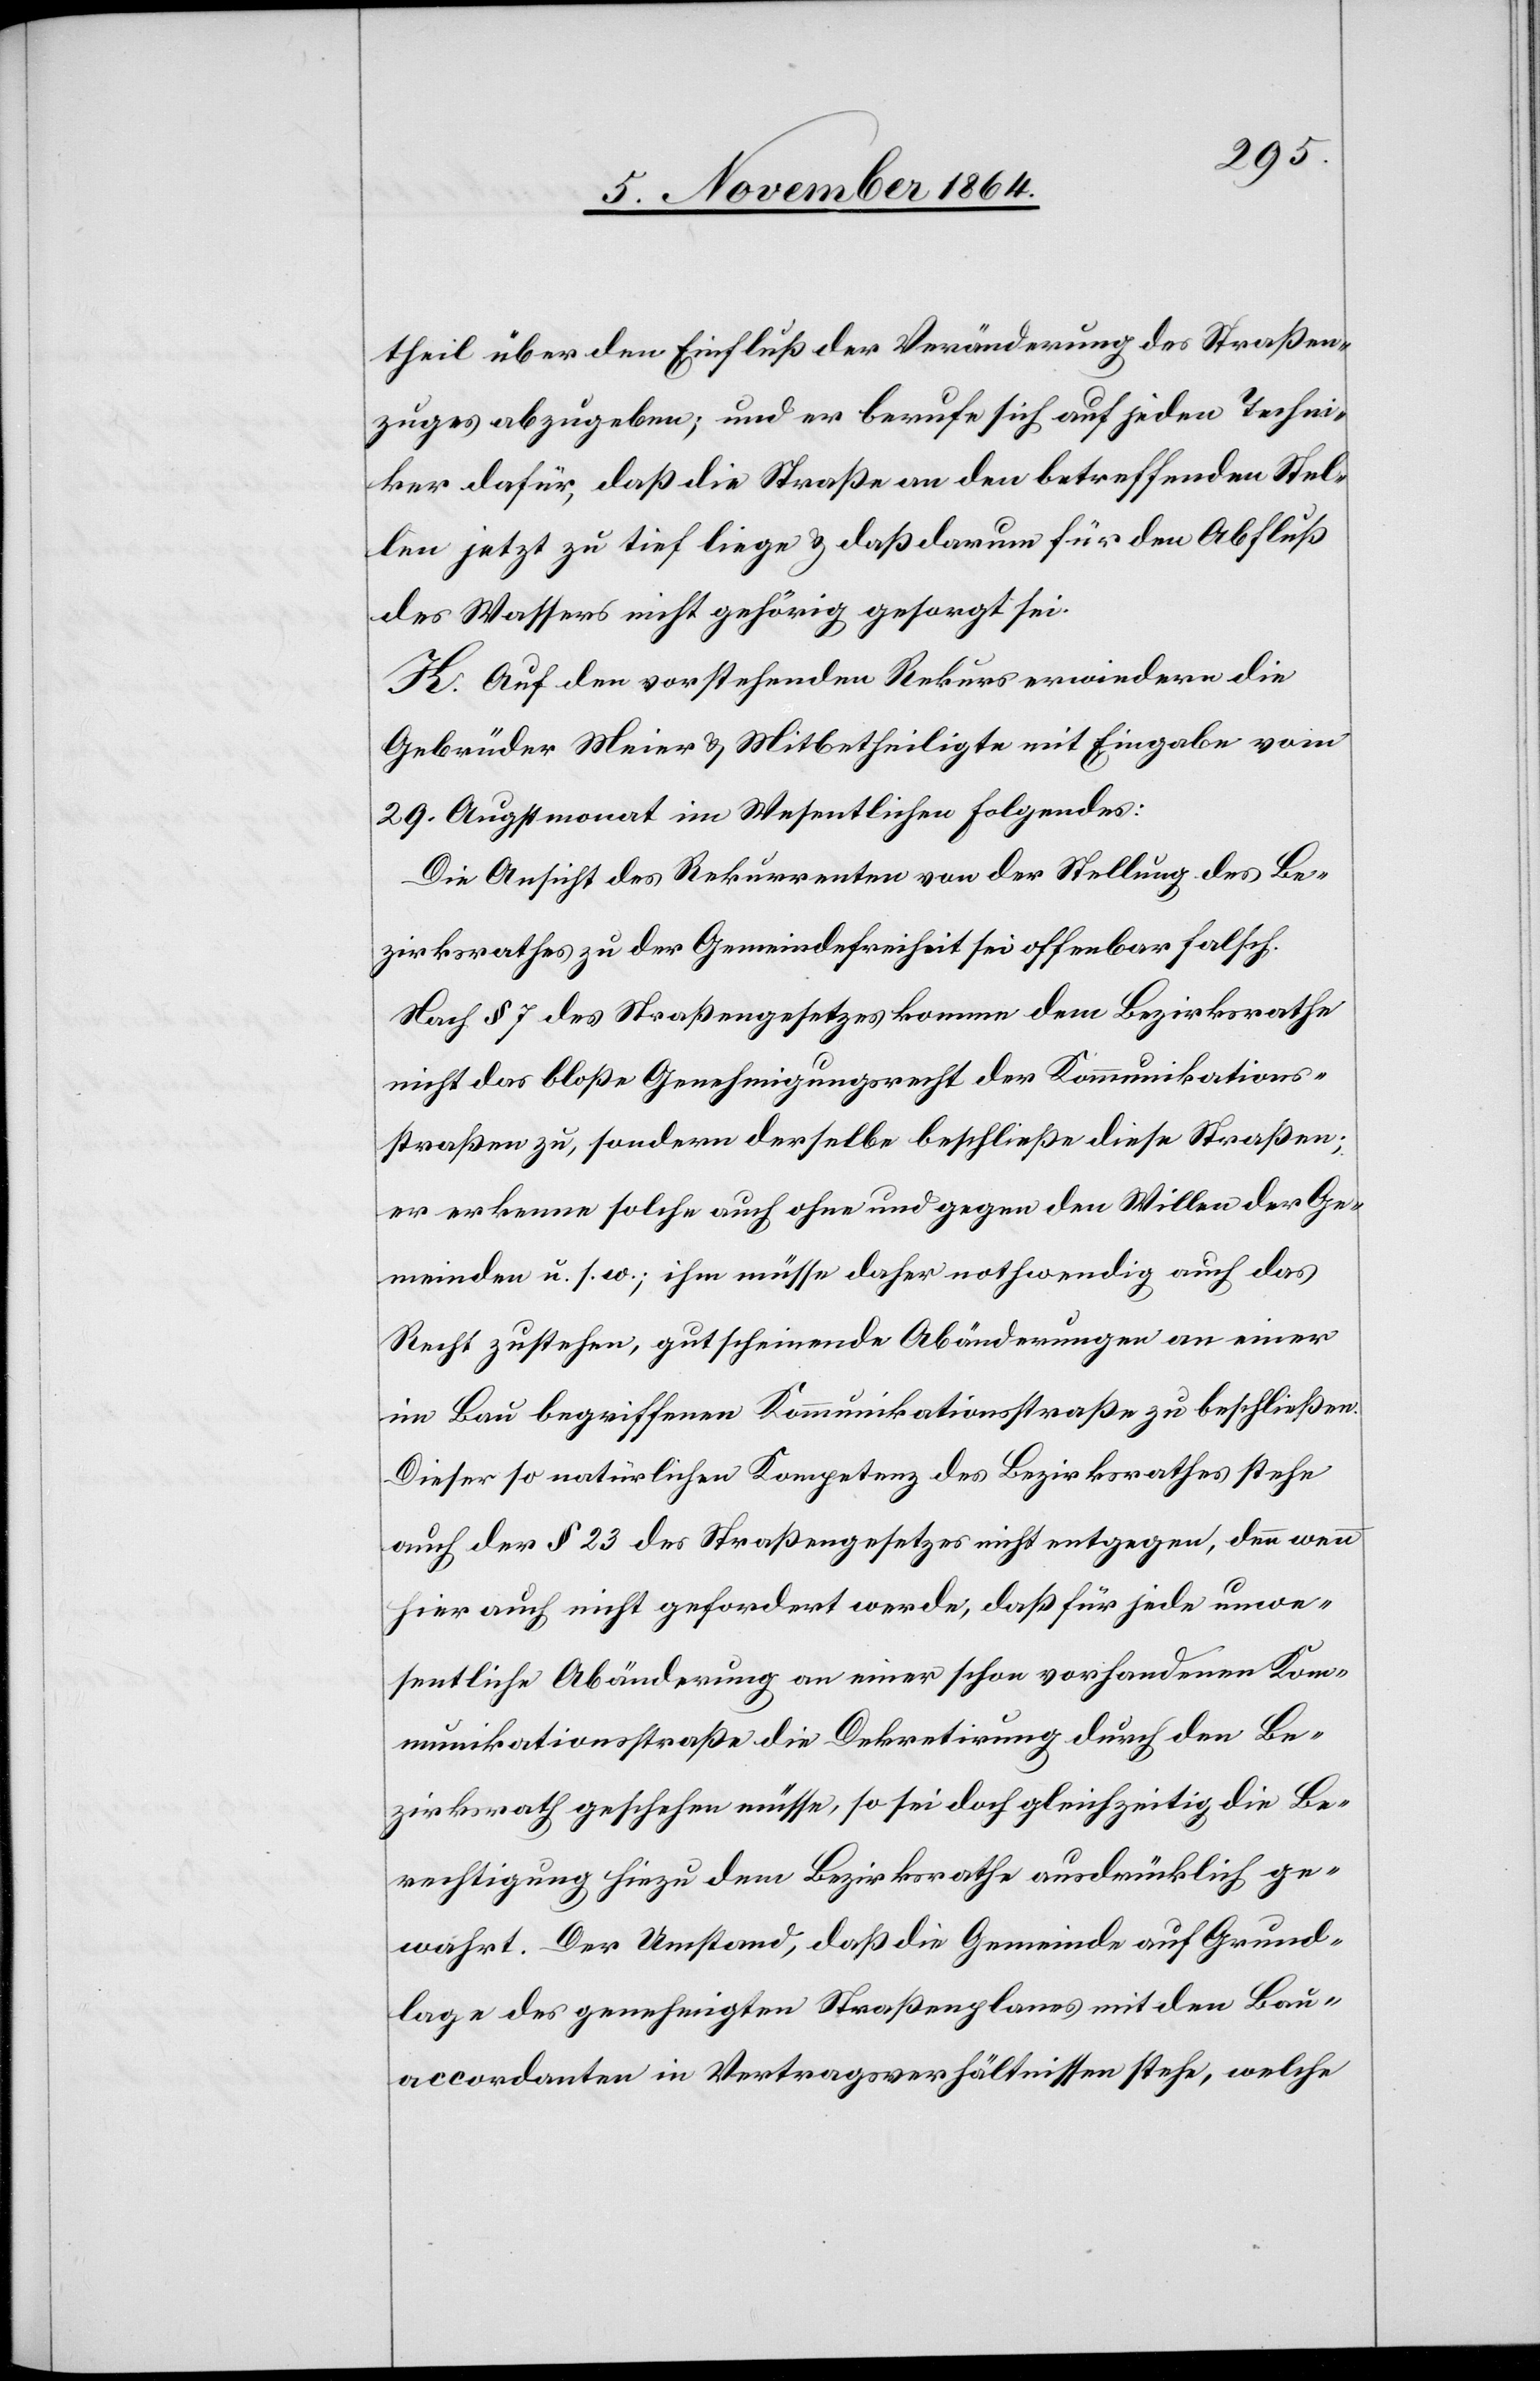
theil über den Einfluß der Veränderung des Straßen¬
zuges abzugeben; und er berufe sich auf jeden Techni¬
ker dafür, daß die Straße an den betreffenden Stel¬
len jetzt zu tief liege & daß darum für den Abfluß
des Wassers nicht gehörig gesorgt sei.
K. Auf den vorstehenden Rekurs erwiedern die
Gebrüder Meier & Mitbetheiligte mit Eingabe vom
29. Augstmonat im Wesentlichen Folgendes:
Die Ansicht des Rekurrenten von der Stellung des Be¬
zirksrathes zu der Gemeindefreiheit sei offenbar falsch.
Nach § 7 des Straßengesetzes komme dem Bezirksrathe
nicht das bloße Genehmigungsrecht der Kommunikations¬
straßen zu, sondern derselbe beschließe diese Straßen;
er erkenne solche auch ohne und gegen den Willen der Ge¬
meinden u. s. w.; ihm müsse daher nothwendig auch das
Recht zustehen, gut scheinende Abänderungen an einer
im Bau begriffenen Kommunikationsstraße zu beschließen.
Dieser so natürlichen Kompetenz des Bezirksrathes stehe
auch der § 23 des Straßengesetzes nicht entgegen, denn wenn
hier auch nicht gefordert werde, daß für jede unwe¬
sentliche Abänderung an einer schon vorhandenen Kom¬
munikationsstraße die Dekretirung durch den Be¬
zirksrath geschehen müsse, so sei doch gleichzeitig die Be¬
rechtigung hiezu dem Bezirksrathe ausdrücklich ge¬
wahrt. Der Umstand, daß die Gemeinde auf Grund¬
lage des genehmigten Straßenplanes mit den Bau¬
accordanten in Vertragsverhältnissen stehe, welche